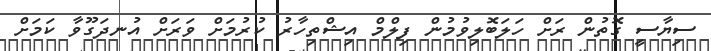
ސިޔާސީ ގޮތުން ރަށް ހަލަބޮލިވުމުން ފިލްމް އިޝްތިހާރު ކުރުމަށް ވަރަށް އުނދަގޫވާ ކަމަށް